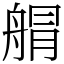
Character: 䑵